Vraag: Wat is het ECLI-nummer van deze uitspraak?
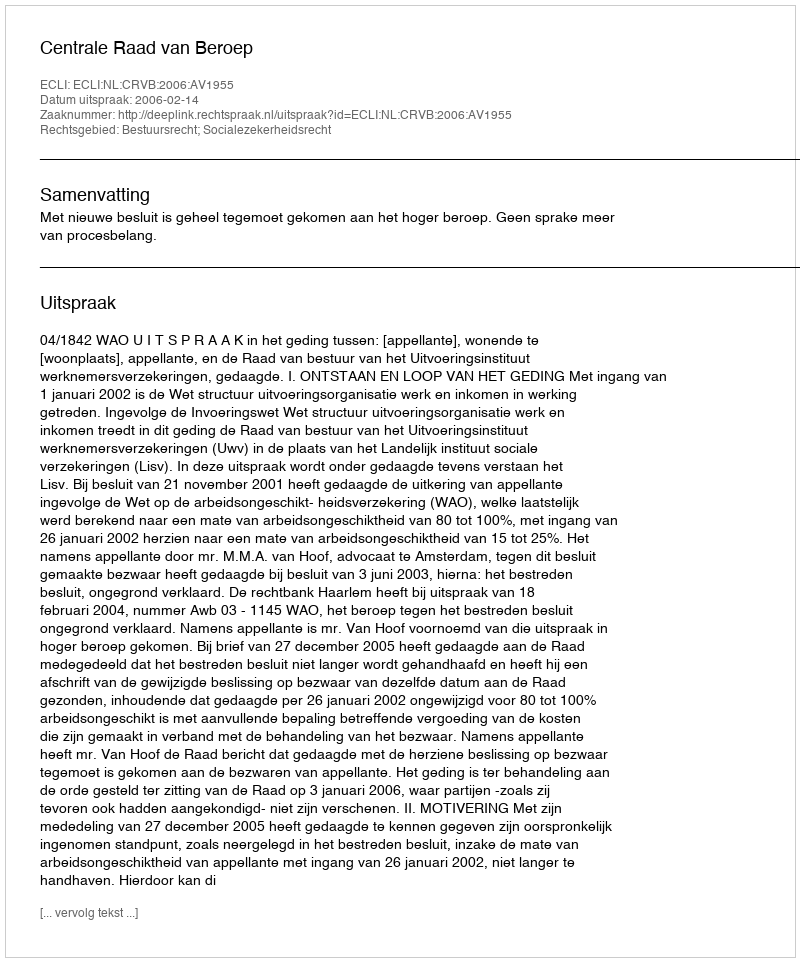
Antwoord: ECLI:NL:CRVB:2006:AV1955